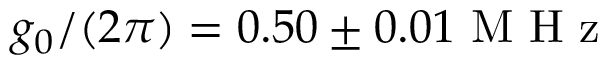
g _ { 0 } / ( 2 \pi ) = 0 . 5 0 \pm 0 . 0 1 \mathrm { ~ M ~ H ~ z ~ }